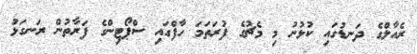
ރެއާލްގެ ދަނޑުގައި ކުޅުނު މި މެޗުގެ ފުރަތަމަ ހާފްގައި ސްޕޯޓިންގެ ފަރާތުން ރަނގަޅު